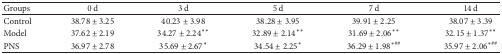
| Groups | 0 d | 3 d | 5 d | 7 d | 14 d |
 | --- | --- | --- | --- | --- | --- |
 | Control | 38.78 ± 3.25 | 40.23 ± 3.98 | 38.28 ± 3.95 | 39.91 ± 2.25 | 38.07 ± 3.39 |
 | Model | 37.62 ± 2.19 | 34.27 ± 2.24** | 32.89 ± 2.14** | 31.69 ± 2.06** | 32.15 ± 1.37** |
 | PNS | 36.97 ± 2.78 | 35.69 ± 2.67* | 34.54 ± 2.25* | 36.29 ± 1.98∗## | 35.97 ± 2.06∗## |